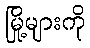
မြို့များကို